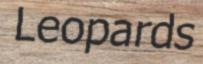
Leopards